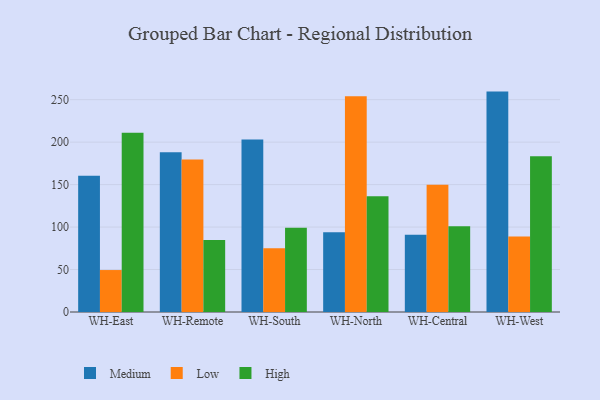
{"axis": {"x": "Warehouse", "y": "Waste Production (Tons)"}, "legend": ["High", "Low", "Medium"], "data": [{"x": "WH-East", "y": 160.5, "type": "Medium"}, {"x": "WH-East", "y": 49.4, "type": "Low"}, {"x": "WH-East", "y": 211.1, "type": "High"}, {"x": "WH-Remote", "y": 188.1, "type": "Medium"}, {"x": "WH-Remote", "y": 179.5, "type": "Low"}, {"x": "WH-Remote", "y": 84.7, "type": "High"}, {"x": "WH-South", "y": 203.0, "type": "Medium"}, {"x": "WH-South", "y": 75.0, "type": "Low"}, {"x": "WH-South", "y": 99.2, "type": "High"}, {"x": "WH-North", "y": 94.0, "type": "Medium"}, {"x": "WH-North", "y": 253.9, "type": "Low"}, {"x": "WH-North", "y": 136.3, "type": "High"}, {"x": "WH-Central", "y": 91.1, "type": "Medium"}, {"x": "WH-Central", "y": 149.8, "type": "Low"}, {"x": "WH-Central", "y": 101.0, "type": "High"}, {"x": "WH-West", "y": 259.5, "type": "Medium"}, {"x": "WH-West", "y": 88.8, "type": "Low"}, {"x": "WH-West", "y": 183.5, "type": "High"}]}